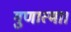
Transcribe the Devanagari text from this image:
गुणात्मा।